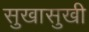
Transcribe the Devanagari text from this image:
सुखासुखी